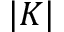
| K |